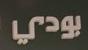
بودي